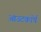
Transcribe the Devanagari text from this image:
आउटकॉर्प